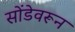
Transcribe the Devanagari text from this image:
सोंडेवरून